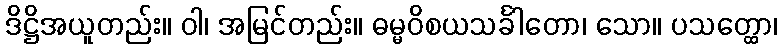
ဒိဋ္ဌိအယူတည်း။ ဝါ၊ အမြင်တည်း။ ဓမ္မဝိစယသင်္ခါတော၊ သော။ ပသတ္ထော၊